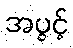
အပွင့်